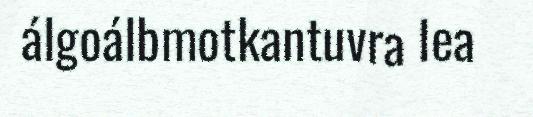
álgoálbmotkantuvra lea